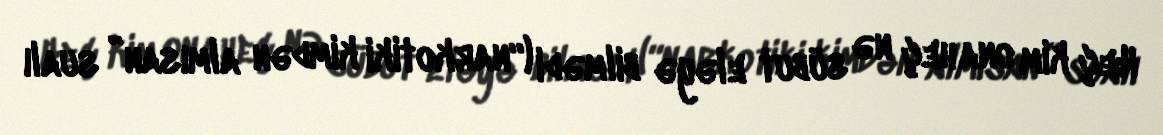
Heç kim ona heç nə sübut eləyə bilmədi (“narkotiki kimdən almısan” sualı